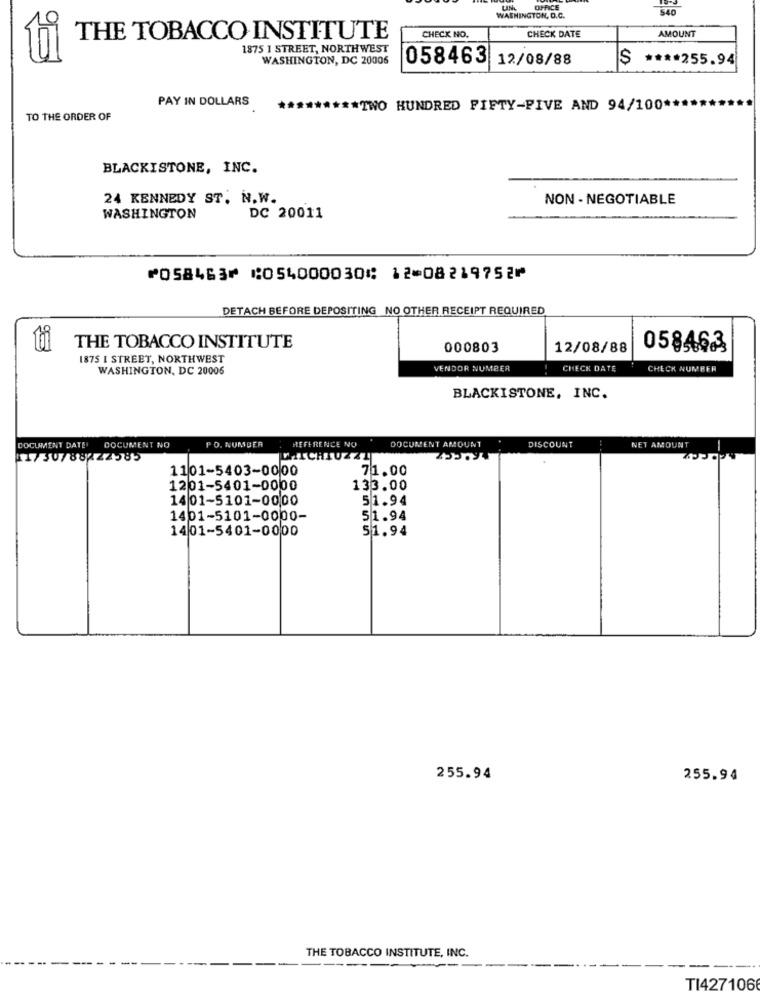
OFFICE
540
9
WASHINGTON, D.C.
AMOUNT
THE TOBACCO INSTITUTE
CHECK NO.
CHECK DATE
1875 1 STREET, NORTHWEST
WASHINGTON, DC 20006
058463 12/08/88
$ **** 255.94
PAY IN DOLLARS
*TWO HUNDRED FIFTY-FIVE AND 94/100 ***
TO THE ORDER OF
BLACKISTONE, INC.
24 KENNEDY ST. N.W.
NON - NEGOTIABLE
WASHINGTON
DC 20011
⑈058463⑈ ⑆054000030⑆ 12⑉08219752⑈
DETACH BEFORE DEPOSITING NO OTHER RECEIPT REQUIRED
THE TOBACCO INSTITUTE
000803
12/08/88
058462
1875 I STREET, NORTHWEST
WASHINGTON, DC 20005
VENDOR NUMBER
CHECK DATE
CHECK NUMBER
BLACKISTONE, INC.
PO. NUMBER
DOCUMENT DATE
DOCUMENT NO
REFERENCE NO
DOCUMENT AMOUNT
ROCCZ
DISCOUNT
NET AMOUNT
11750788 22585
ICHTU
1101-5403-0000
71.00
1201-5401-0000
133.00
1401-5101-0000
51.94
1401-5101-0000-
51.94
1401-5401-0000
51.94
255.94
255.94
THE TOBACCO INSTITUTE, INC.
TI427106